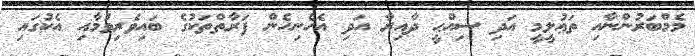
މެމްބަރުންނާއި ތަޢުލީމީ އަދި ސިއްޙީ ދާއިރާ އަދި އެހެނިހެން ފަރާތްތަކުގެ ބައިވެރިވުމާއި އެކުގައި